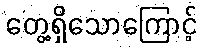
တွေ့ရှိသောကြောင့်